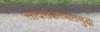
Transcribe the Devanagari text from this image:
सादरीकरणातसुद्धा